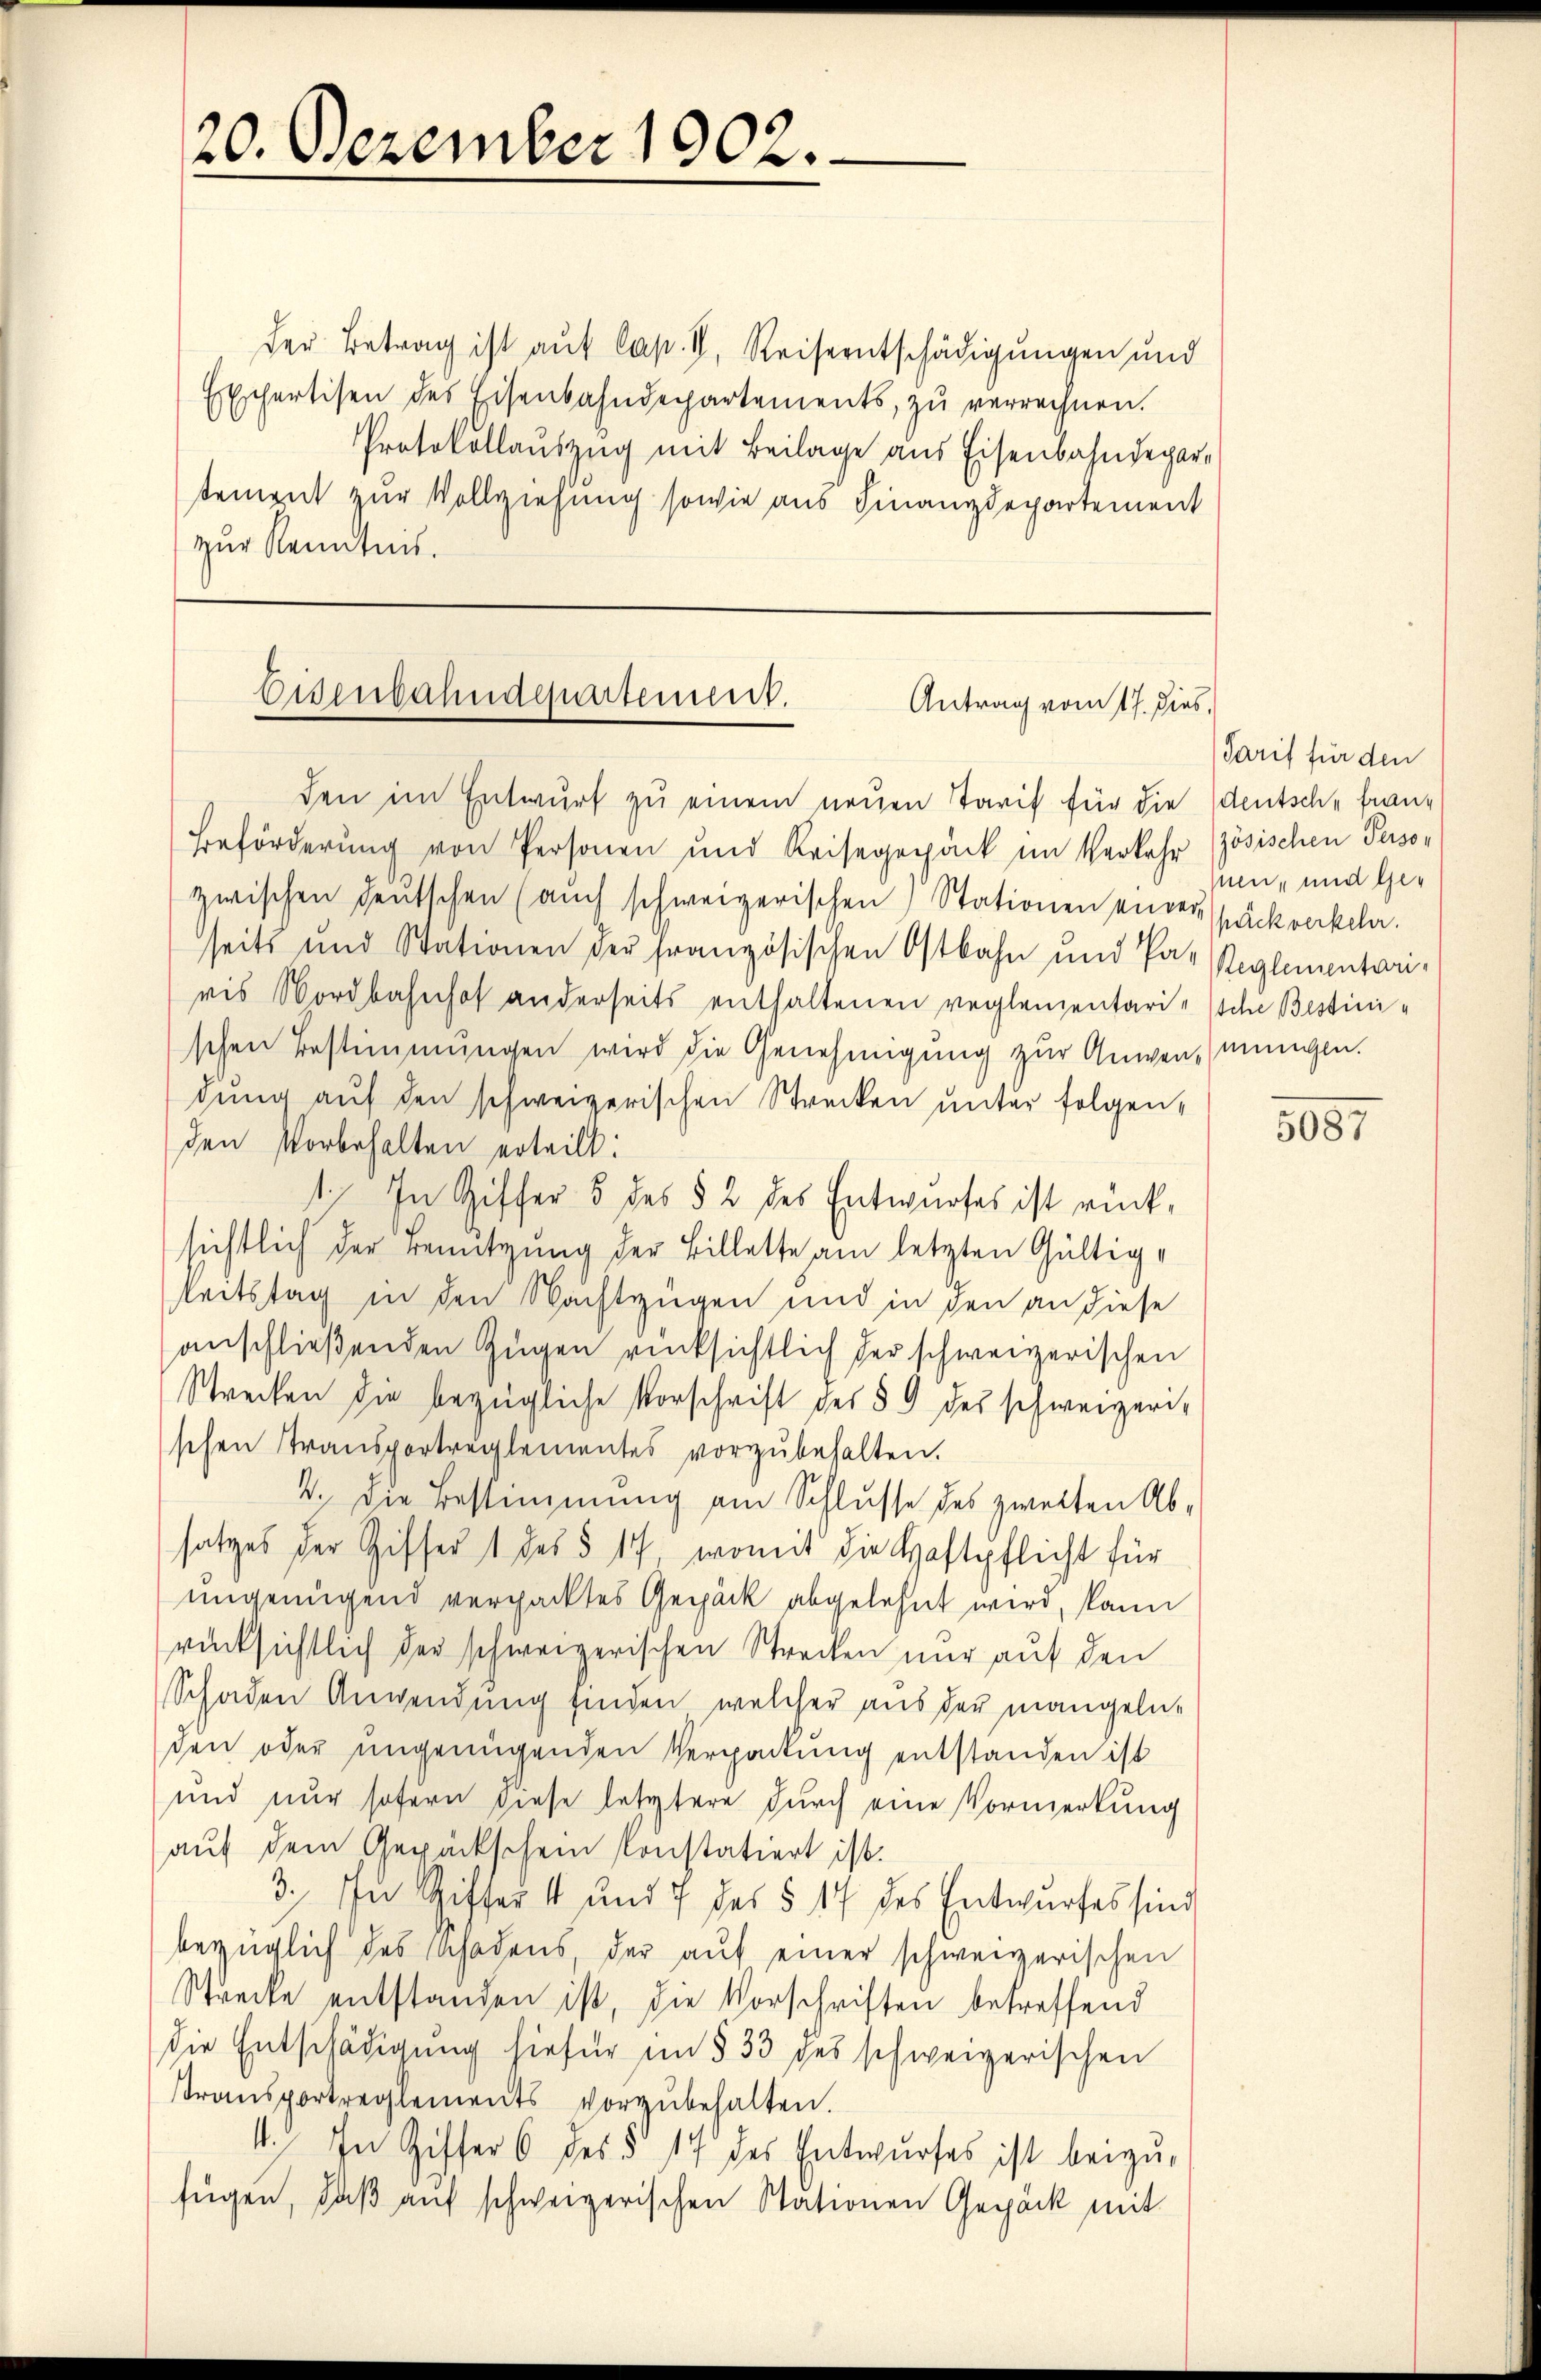
20. Dezember 1902.

der Betrag ist auf Cap. II. Reiseentschädigungen und
Exschertisen des Eisenbahndepartements, zu verrechnen.
Protokollauszug mit Beilage aus Eisenbahndepartement zur Vollziehung sowie aus Finanzdepartement
zur Kenntnis.

Eisenbahndepartement.
Antrag vom 17. dies,
den im Entwurf zu einem neuen Tarif für die deutsche fran¬

Beförderung von Personen und Reisegepack im Verkehr zösischen Perso-
zwischen deutschen (auch schweizerischen Stationen einer späckverkeln.
seits und Stationen der französischen Ostbahn und Par Reglementariris Nordbahnhof anderseits enthaltenen reglenzentarische Bestinischen Bestimmungen wird die Genehmigung zur Anwendungen.
dung auf den schweizerischen Strecken unter folgenden Vorbehalten erteilt:
1. In Ziffer 5 des § 2 des Entwurfes ist rücksichtlich der Benützung der Billette am letzten Gültig¬
Reitstag in den Nachtzügen und in den an diese
anschließenden Zügen rücksichtlich der schweizerischen
Strecken die bezügliche Vorschrift des § 9 des schweizerischen Transportreglementes vorzŭbehalten.
4. Die Bestimmung am Schlusse des zweiten Absatzes der Giffer 1 des § 17, womit die Haftpflicht für
ungenügend verpacktes Gepäck abgelehnt wird, kann
rücksichtlich der schweizerischen Strecken nur auf den
Schaden Anwendung finden, welcher aus der mangeln-
den oder ungenügenden Verpackung entstanden ist
und nur sofern diese letztere durch eine Vormerkung
auf dem Gerückschein konstatiert ist.
3.) In Ziffer 4 und 7 des § 17 des Entwurfes sind
bezüglich des Schadens der aŭf einer schweizerischen
Strecke entstanden ist, die Vorschriften betreffend
die Entschädigung hiefür im § 33 des schweizerischen
transportreglements vorzŭbehalten.
4. In Ziffer 6 des § 17 des Entwurfes ist beizufügen, daß auf schweizerischen Stationen Gepäck mit

Tarif für den
nen, und Ge¬

5087